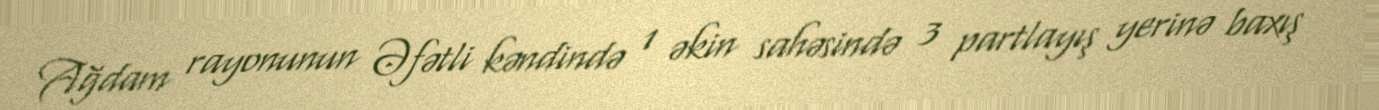
Ağdam rayonunun Əfətli kəndində 1 əkin sahəsində 3 partlayış yerinə baxış